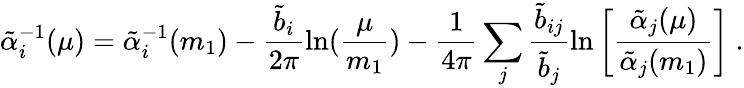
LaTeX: \tilde{\alpha}_{i}^{-1}(\mu)=\tilde{\alpha}_{i}^{-1}(m_{1})-{\frac{\tilde{b}_{i}}{2\pi}}\mathrm{ln}({\frac{\mu}{m_{1}}})-{\frac{1}{4\pi}}\sum_{j}{\frac{\tilde{b}_{ij}}{\tilde{b}_{j}}}\mathrm{ln}\left[{\frac{\tilde{\alpha}_{j}(\mu)}{\tilde{\alpha}_{j}(m_{1})}}\right]~.